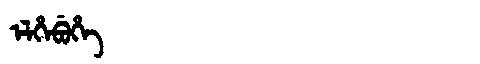
Manchu: ᡝᠯᡥᡝᠪᡠᡥᡝ
Romanization: ELHEBUHE